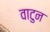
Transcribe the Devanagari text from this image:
वाटुन